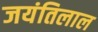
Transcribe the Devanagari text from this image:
जयंतिलाल